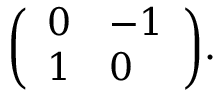
{ \left( \begin{array} { l l } { 0 } & { - 1 } \\ { 1 } & { 0 } \end{array} \right) } .